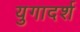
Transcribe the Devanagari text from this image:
युगादर्श